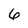
Character: 6